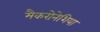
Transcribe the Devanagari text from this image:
मैकरोनेशिया